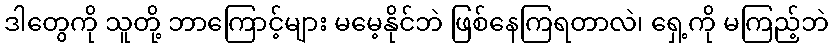
ဒါတွေကို သူတို့ ဘာကြောင့်များ မမေ့နိုင်ဘဲ ဖြစ်နေကြရတာလဲ၊ ရှေ့ကို မကြည့်ဘဲ